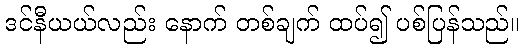
ဒင်နီယယ်လည်း နောက် တစ်ချက် ထပ်၍ ပစ်ပြန်သည်။